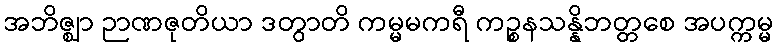
အဘိဇ္ဈာ ဉာဏဇုတိယာ ဒတွာတိ ကမ္မမကရီ ကဉ္စနသန္နိဘတ္တစေ အပက္ကမ္မ